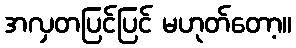
အလှတပြင်ပြင် မဟုတ်တော့။